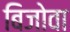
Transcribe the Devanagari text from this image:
बिजोवा